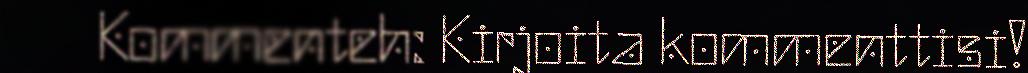
Kommenteh: Kirjoita kommenttisi!